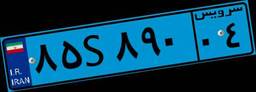
۰۱S۳۷۳۸۱